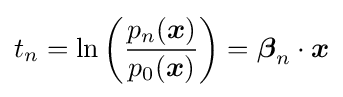
t_{n}=\ln \left({\frac {p_{n}({\boldsymbol {x}})}{p_{0}({\boldsymbol {x}})}}\right)={\boldsymbol {\beta }}_{n}\cdot {\boldsymbol {x}}